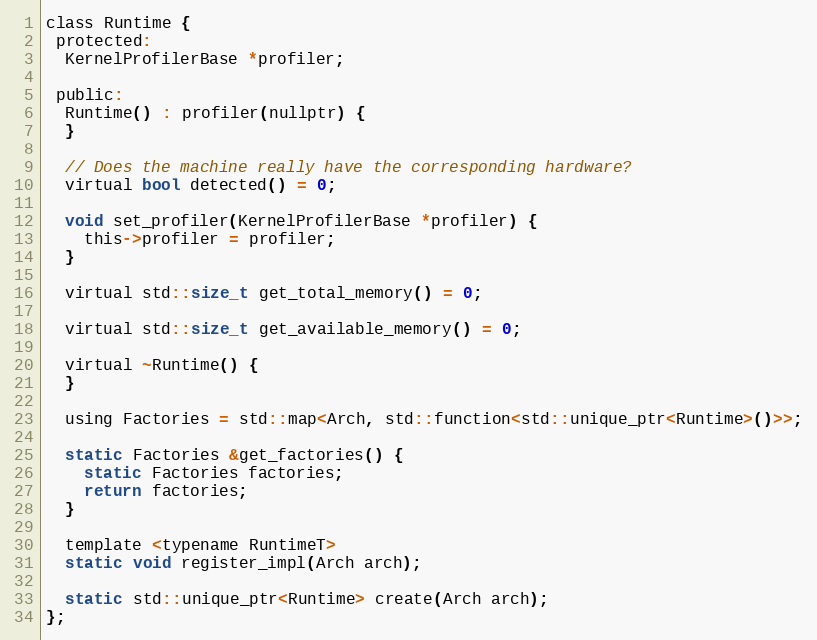
Language: C
class Runtime {
 protected:
  KernelProfilerBase *profiler;

 public:
  Runtime() : profiler(nullptr) {
  }

  // Does the machine really have the corresponding hardware?
  virtual bool detected() = 0;

  void set_profiler(KernelProfilerBase *profiler) {
    this->profiler = profiler;
  }

  virtual std::size_t get_total_memory() = 0;

  virtual std::size_t get_available_memory() = 0;

  virtual ~Runtime() {
  }

  using Factories = std::map<Arch, std::function<std::unique_ptr<Runtime>()>>;

  static Factories &get_factories() {
    static Factories factories;
    return factories;
  }

  template <typename RuntimeT>
  static void register_impl(Arch arch);

  static std::unique_ptr<Runtime> create(Arch arch);
};